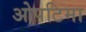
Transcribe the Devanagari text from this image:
ओपटिमा